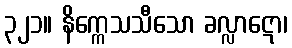
၃၂၁။ နိက္ကေသသီသော ခလ္လာဋော၊